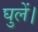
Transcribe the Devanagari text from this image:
घुलें।